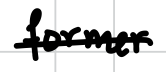
Text: former
Cross-out: mix
Writing tool: digital_black